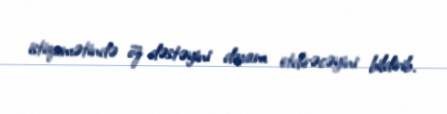
istiqamətində öz dəstəyini davam etdirəcəyini bildirib.